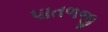
પાતળજી